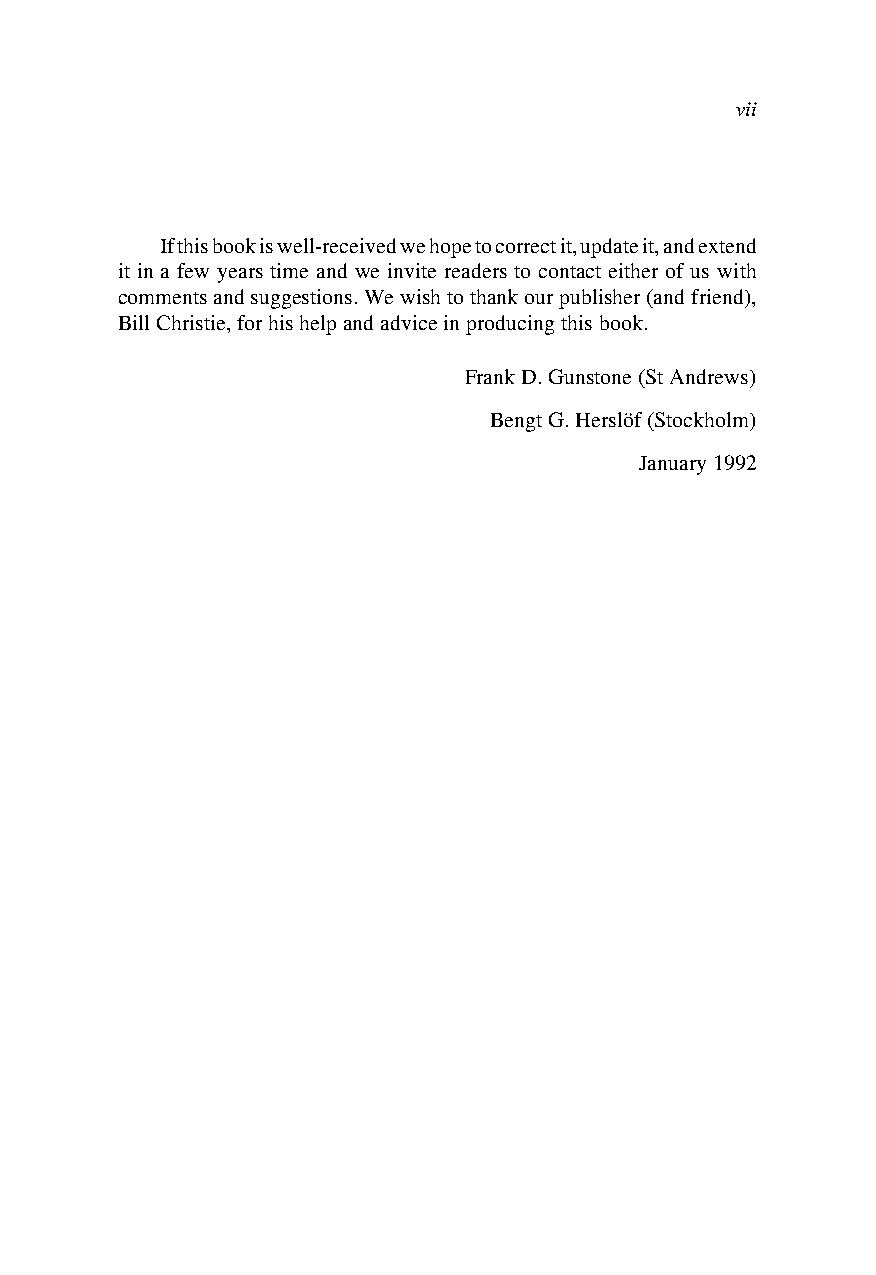
vii
 If this book is well-received we hope to correct it, update it, and extend
 it in a few years time and we invite readers to contact either of us with
 comments and suggestions. We wish to thank our publisher (and friend),
 Bill Christie, for his help and advice in producing this book.
 Frank D. Gunstone (St Andrews)
 Bengt G. Herslöf (Stockholm)
 January 1992